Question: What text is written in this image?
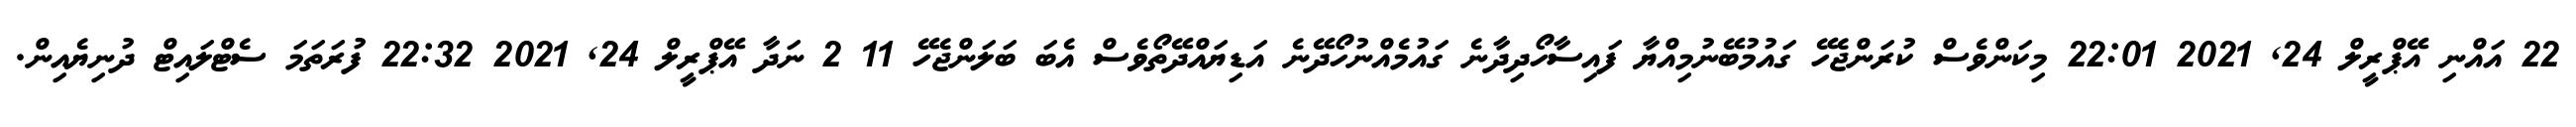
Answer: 22 އައްނި އޭޕްރީލް 24, 2021 22:01 މިކަންވެސް ކުރަންޖެހޭ ގައުމުބޭނުމިއްޔާ ފައިސާހޯދިދާނެ ގައުމެއްނުހޯދޭނެ އަޑިޔައްދޭތޯވެސް އެބަ ބަލަންޖެހޭ 11 2 ނަދާ އޭޕްރީލް 24, 2021 22:32 ފުރަތަމަ ސެޓްލައިޓް ދުނިޔެއިން.